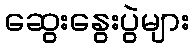
ဆွေးနွေးပွဲများ